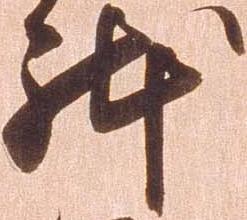
体